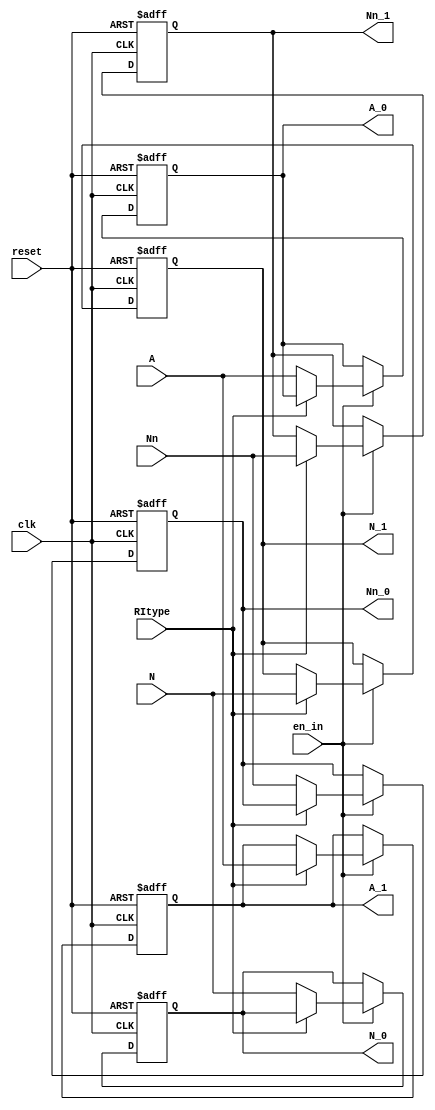
module run_parameter(clk, reset, en_in,RItype, A, Nn, N, A_1, Nn_1, N_1, A_0, Nn_0, N_0);
    input clk;
    input reset;
    input en_in;
	 input RItype;
    input [12:0] A;
    input [6:0] Nn;
    input [6:0] N;
	 
    output [12:0] A_1;
    output [6:0] Nn_1;
    output [6:0] N_1;
    output [12:0] A_0;
    output [6:0] Nn_0;
    output [6:0] N_0;
	 
	 reg [12:0] A_1;
    reg [6:0] Nn_1;
    reg [6:0] N_1;
    reg [12:0] A_0;
    reg [6:0] Nn_0;
    reg [6:0] N_0;
	 
	 always@(posedge clk or negedge reset)   
	 if(!reset)
	   begin
		 A_1<=4;
       Nn_1<=0;
       N_1<=1;
       A_0<=4;
       Nn_0<=0;
       N_0<=1;
		end
	 else if(en_in)
	    begin
        if(RItype)
		    begin
			 A_1<=A;
          Nn_1<=Nn;
          N_1<=N;
			 end
			else
			 begin
			 A_0<=A;
          Nn_0<=Nn;
          N_0<=N;
			 end
	    end
	  else begin
	     	 A_1<=A_1;
          Nn_1<=Nn_1;
          N_1<=N_1;
          A_0<=A_0;
          Nn_0<=Nn_0;
          N_0<=N_0;
	     end

endmodule